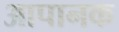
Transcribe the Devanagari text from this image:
आपानक